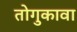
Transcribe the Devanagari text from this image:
तोगुकावा